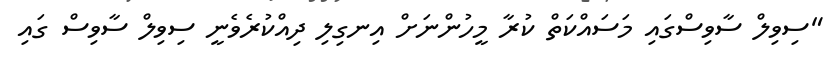
"ސިވިލް ސާވިސްގައި މަސައްކަތް ކުރާ މީހުންނަށް އިނގިލި ދިއްކުރެވެނީ ސިވިލް ސާވިސް ގައި